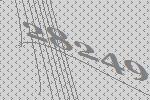
28249